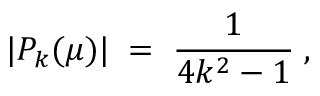
| P _ { k } ( \mu ) | \; = \; \frac { 1 } { 4 k ^ { 2 } - 1 } \; ,